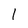
Character: 1